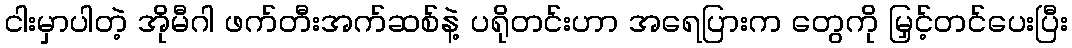
ငါးမှာပါတဲ့ အိုမီဂါ ဖက်တီးအက်ဆစ်နဲ့ ပရိုတင်းဟာ အရေပြားက တွေကို မြှင့်တင်ပေးပြီး